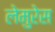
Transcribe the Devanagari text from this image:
लेमुरेस